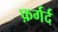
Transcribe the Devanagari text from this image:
फ़र्गर्द